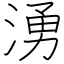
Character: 湧